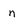
Character: n